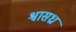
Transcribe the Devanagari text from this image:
श्वासध्रां